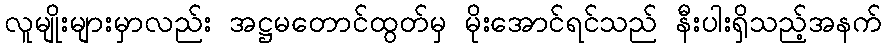
လူမျိုးများမှာလည်း အဋ္ဌမတောင်ထွတ်မှ မိုးအောင်ရင်သည် နီးပါးရှိသည့်အနက်